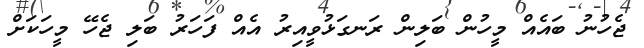
ޖެހުނު ބައެއް މީހުން ބަލިން ރަނގަޅުވީއިރު އެއް ފަހަރު ބަލި ޖެހޭ މީހަކަށް